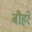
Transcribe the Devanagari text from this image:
बौहरे